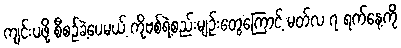
ကျင်းပဖို့ စီစဉ်ခဲ့ပေမယ့် ကိုဗစ်ရဲ့စည်းမျဉ်းတွေကြောင့် မတ်လ ၇ ရက်နေ့ကို